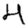
Digit: 4